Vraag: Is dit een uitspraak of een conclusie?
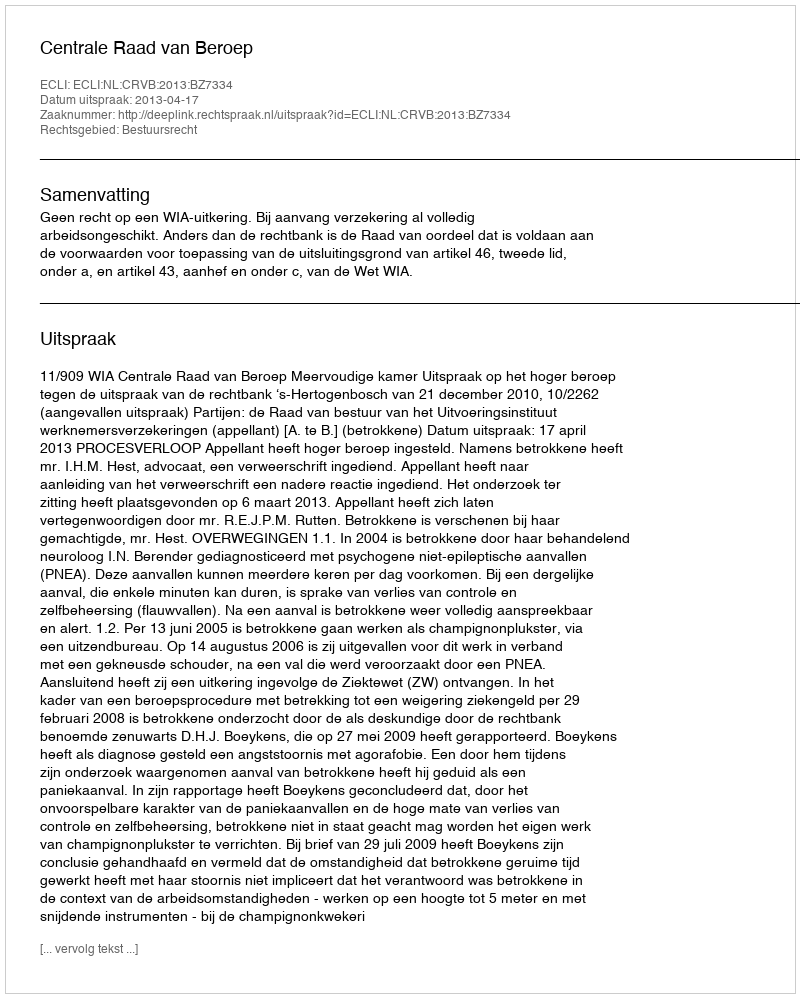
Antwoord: Uitspraak